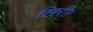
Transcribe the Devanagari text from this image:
खिरी।